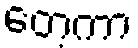
တေ့ကာ